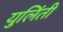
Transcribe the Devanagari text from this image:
युलिंती